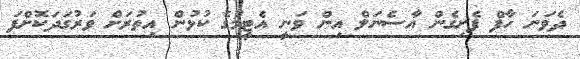
ދެވަނަ ހާފް ފެށިގެން އާސެނަލް އިން ވަނީ އެޓީމުގެ ކުޅުން އިތުރަށް ވަރުގަދަކޮށްފަ